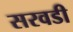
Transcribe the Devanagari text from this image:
सरवडी